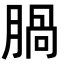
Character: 腡